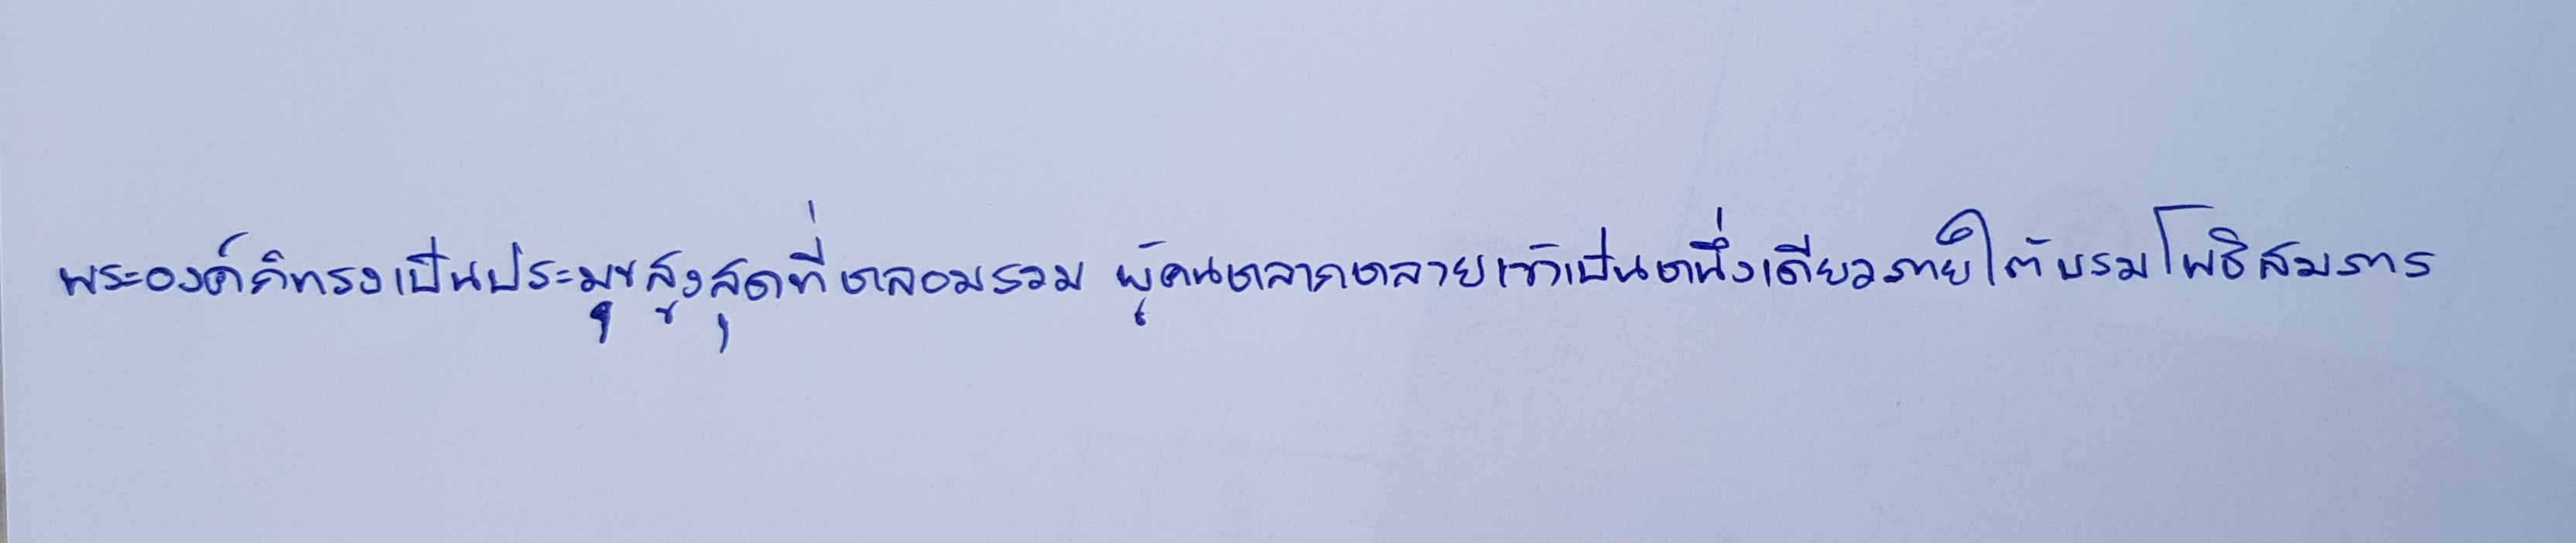
พระองค์ก็ทรงเป็นประมุขสูงสุดที่หลอมรวมผู้คนหลากหลายเข้าเป็นหนึ่งเดียวภายใต้บรมโพธิสมภาร